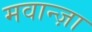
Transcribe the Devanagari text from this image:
मवान्ज़ा